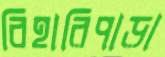
বিহারিপাড়া